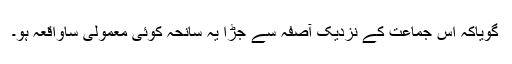
گویاکہ اِس جماعت کے نزدیک آصفہ سے جُڑا یہ سانحہ کوئی معمولی ساواقعہ ہو۔